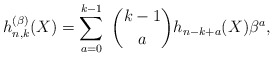
\begin{gather*}h_{n,k}^{(\beta)}(X) = \sum_{a=0}^{k-1}~{k-1 \choose a} h_{n-k+a}(X)\beta^{a},\end{gather*}